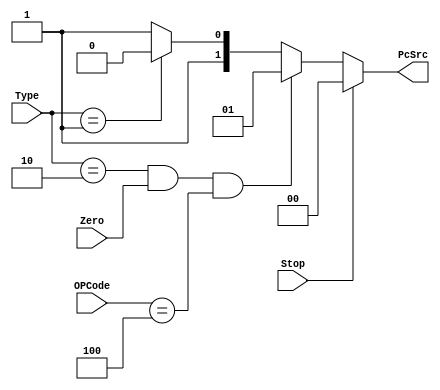
module PC_Control(
    input [1:0] Type,
    input [4:0] OPCode,
    input Stop,
    input Zero,
    output reg [1:0] PcSrc
);

    always @(*) begin
        if (Stop)
            PcSrc <= 2'b00;
        else if (Type == 2'b10 && Zero && OPCode == 5'b00100)	// BEQ
            PcSrc <= 2'b01;
        else if (Type == 2'b01)	// J, JAL
            PcSrc <= 2'b10;
        else
            PcSrc <= 2'b11;
    end


endmodule